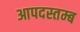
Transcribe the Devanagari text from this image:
आपदस्तम्ब